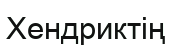
Хендриктің